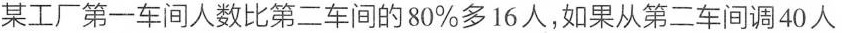
某工厂第一车间人数比第二车间的 80% 多 16 人，如果从第二车间调 40 人